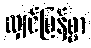
လျှင်မြန်စွာ